Plague in India, 1896, 1897 - Volume 1
Year: 1896
Disease focus: Plague
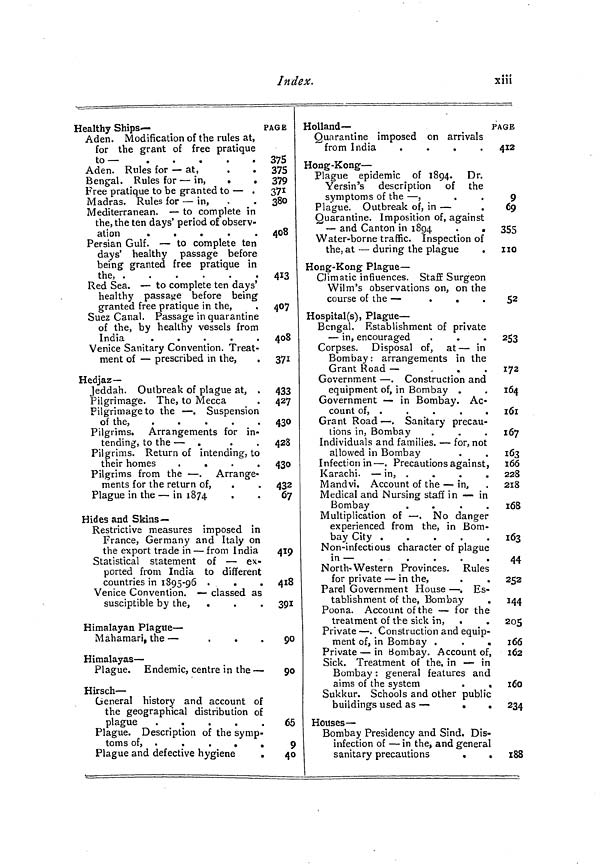
Index.
xiii
Healthy Ships—
ï
Aden. Modification of the rules at,
for the grant of free pratique
to —
.
.
•
.
.
Aden. Rules for — at,
Bengal. Rules for — in,
.
.
Free pratique to be granted to — .
Madras. Rules for — in,
Mediterranean. — to complete in
the, the ten days' period of observ-
ation
.
.
.
.
.
Persian Gulf. — to complete ten
days' healthy passage before
being granted free pratique in
the,
Red Sea. — to complete ten days'
healthy passage before being
granted free pratique in the,
Suez Canal. Passage in quarantine
of the, by healthy vessels from
India
.
.
.
.
.
Venice Sanitary Convention. Treat-
ment of — prescribed in the,
Hedjaz—
Jeddah. Outbreak of plague at, .
Pilgrimage. The, to Mecca
Pilgrimage to the — . Suspension
of the,
.
.
.
.
.
Pilgrims. Arrangements for in-
tending, to the — .
.
.
Pilgrims. Return of intending, to
their homes
.
.
.
.
Pilgrims from the — . Arrange-
ments for the return of,
Plague in the — in 1874
Hides and Skins—
Restrictive measures imposed in
France, Germany and Italy on
the export trade in — from India
Statistical statement of — ex-
ported from India to different
countries in 1895-96 .
Venice Convention. — classed as
susciptible by the,
Himalayan Plague —
Mahamari, the —
.
.
.
Himalayas —
Plague. Endemic, centre in the —
Hirsch —
General history and account of
the geographical distribution of
plague
.
.
.
.
.
Plague. Description of the symp-
toms of, .
.
. . .
Plague and defective hygiene
.
AGE
375
375
379
371
380
408
413
407
408
371
433
427
430
428
430
432
67
419
418
391
90
90
65
9
40
Holland—
P
Quarantine imposed on arrivals
from India
.
.
.
.
Hong -Kong —
Plague epidemic of 1894. Dr.
Yersin's description of the
symptoms of the — ,
Plague. Outbreak of, in —
Quarantine. Imposition of, against
— and Canton in 1894
.
.
Water-borne traffic. Inspection of
the, at — during the plague
Hong-Kong Plague —
Climatic influences. Staff Surgeon
Wilm's observations on, on the
course of the —
.
.
.
Hospital(s), Plague —
Bengal. Establishment of private
— in, encouraged
Corpses. Disposal of, at — in
Bombay: arrangements in the
Grant Road —
.
.
.
Government — . Construction and
equipment of, in Bombay .
Government — in Bombay. Ac-
count of, .
.
.
.
Grant Road — . Sanitary precau-
tions in, Bombay
Individuals and families. — for, not
allowed in Bombay
Infection in — . Precautions against,
Karachi. — in, .
.
.
.
Mandvi. Account of the — in,
Medical and Nursing staff in — in
Bombay
.
.
.
.
Multiplication of — , No danger
experienced from the, in Bom-
bay City .
.
.
.
.
Non-infectious character of plague
in —
North- Western Provinces. Rules
for private — in the,
Parel Government House — . Es-
tablishment of the, Bombay
Poona. Account of the — for the
treatment of the sick in, .
Private — . Construction and equip-
ment of, in Bombay .
.
.
Private — in Bombay. Account of,
Sick. Treatment of the, in — in
Bombay : general features and
aims of the system
.
.
Sukkur. Schools and other public
buildings used as —
.
.
Houses —
Bombay Presidency and Sind. Dis-
infection of — in the, and general
sanitary precautions
.
.
AGE
412
9
69
355
no
52
253
172
164
161
167
163
166
228
218
I68
163
44
252
144
205
1 66
162
160
234
1 88